Medical and sanitary report of the native army of Madras for the year
Year: 1878
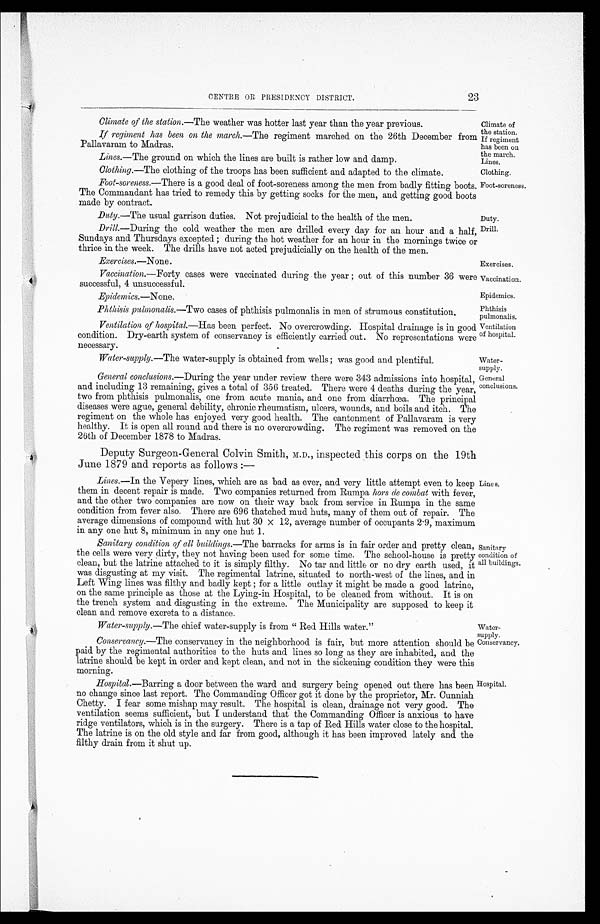
Climate of
the station.
If regiment
has been on
the march.
Lines.
Duty.
Drill.
Exercises .—None.
Exercises.
Epidemics .—None .
Epidemics.
Phthisis
pulmonalis.
Ventilation
of hospital.
Water
-supply.
General
conclusions.
Lines.
Sanitary
condition of
all buildings.
Water
- s u p p l y .
Conservancy.
Hospital.
23
CENTRE OR PRESIDENCY DISTRICT.
Climate of the station .—The weather was hotter last year than the year previous.
If regiment has been on the march .—The regiment marched on the 26th December from
Pallavaram to Madras.
Lines .—The ground on which the lines are built is rather low and damp.
Clothing .—The clothing of the troops has been sufficient and adapted to the climate.
Clothing.
Foot-soreness.
Foot-soreness .—There is a good deal of foot-soreness among the men from badly fitting boots.
The Commandant has tried to remedy this by getting socks for the men, and getting good boots
made by contract.
Duty .—The usual garrison duties. Not prejudicial to the health of the men.
Drill.—During the cold weather the men are drilled every day for an hour and a half,
Sundays and Thursdays excepted; during the hot weather for an hour in the mornings twice or
thrice in the week. The drills have not acted prejudicially on the health of the men.
Vaccination .—Forty cases were vaccinated during the year; out of this number 36 were
successful, 4 unsuccessful.
Vaccination.
Phthisis pulmonalis .—Two cases of phthisis pulmonalis in men of strumous constitution.
Ventilation of hospital .—Has been perfect. No overcrowding. Hospital drainage is in good
condition. Dry-earth system of conservancy is efficiently carried out. No representations were
necessary.
Water-supply .—The water-supply is obtained from wells; was good and plentiful.
General conclusions .—During the year under review there were 343 admissions into hospital,
and including 13 remaining, gives a total of 356 treated. There were 4 deaths during the year,
two from phthisis pulmonalis, one from acute mania, and one from diarrhœa. The principal
diseases were ague, general debility, chronic rheumatism, ulcers, wounds, and boils and itch. The
regiment on the whole has enjoyed very good health. The cantonment of Pallavaram is very
healthy. It is open all round and there is no overcrowding. The regiment was removed on the
26th of December 1878 to Madras.
Deputy Surgeon-General Colvin Smith, inspected this corps on the 19th
June 1879 and reports as follows :—
Lines .—In the Vepery lines, which are as bad as ever, and very little attempt even to keep
them in decent repair is made. Two companies returned from Rumpa hors de combat with fever,
and the other two companies are now on their way back from service in Rumpa in the same
condition from fever also. There are 696 thatched mud huts, many of them out of repair. The
average dimensions of compound with hut 30 x 12, average number of occupants 2.9, maximum
in any one hut 8, minimum in any one hut 1.
Sanitary condition of all buildings .—The barracks for arms is in fair order and pretty clean,
the cells were very dirty, they not having been used for some time. The school-house is pretty
clean, but the latrine attached to it is simply filthy. No tar and little or no dry earth used, it
was disgusting at my visit. The regimental latrine, situated to north-west of the lines, and in
Left Wing lines was filthy and badly kept; for a little outlay it might be made a good latrine,
on the same principle as those at the Lying-in Hospital, to be cleaned from without. It is on
the trench system and disgusting in the extreme. The Municipality are supposed to keep it
clean and remove excreta to a distance.
Water-supply.—The chief water-supply is from "Red Hills water."
Conservancy .—The conservancy in the neighborhood is fair, but more attention should be
paid by the regimental authorities to the huts and lines so long as they are inhabited, and the
latrine should be kept in order and kept clean, and not in the sickening condition they were this
morning.
Hospital .—Barring a door between the ward and surgery being opened out there has been
no change since last report. The Commanding Officer got it done by the proprietor, Mr. Cunniah
Chetty. I fear some mishap may result. The hospital is clean, drainage not very good. The
ventilation seems sufficient, but I understand that the Commanding Officer is anxious to have
ridge ventilators, which is in the surgery. There is a tap of Red Hills water close to the hospital.
The latrine is on the old style and far from good, although it has been improved lately and the
filthy drain from it shut up.